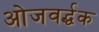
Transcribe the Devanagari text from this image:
ओजवर्द्धक